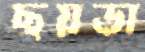
ছয়ডা